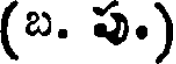
(బ. పుం)